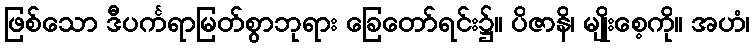
ဖြစ်သော ဒီပင်္ကရာမြတ်စွာဘုရား ခြေတော်ရင်း၌။ ပိဇာနိ၊ မျိုးစေ့ကို။ အဟံ၊